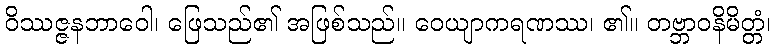
ဝိဿဇ္ဇနဘာဝေါ၊ ဖြေသည်၏ အဖြစ်သည်။ ဝေယျာကရဏဿ၊ ၏။ တဗ္ဘာဝနိမိတ္တံ၊